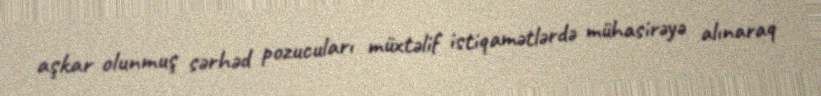
aşkar olunmuş sərhəd pozucuları müxtəlif istiqamətlərdə mühasirəyə alınaraq